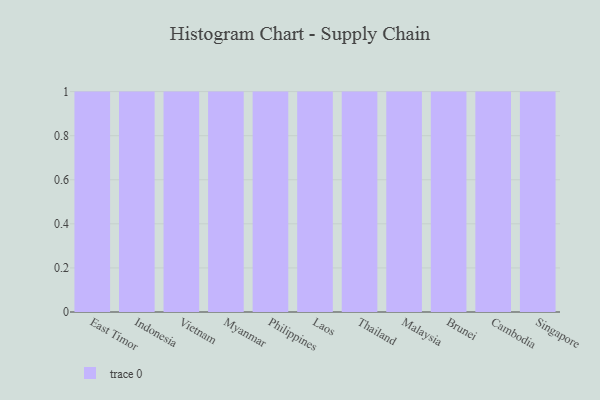
{"axis": {"x": "Country", "y": "Churn Rate (%)"}, "legend": [""], "data": [{"x": "East Timor", "y": 69, "type": ""}, {"x": "Indonesia", "y": 32, "type": ""}, {"x": "Vietnam", "y": 41, "type": ""}, {"x": "Myanmar", "y": 61, "type": ""}, {"x": "Philippines", "y": 46, "type": ""}, {"x": "Laos", "y": 66, "type": ""}, {"x": "Thailand", "y": 6, "type": ""}, {"x": "Malaysia", "y": 21, "type": ""}, {"x": "Brunei", "y": 80, "type": ""}, {"x": "Cambodia", "y": 83, "type": ""}, {"x": "Singapore", "y": 53, "type": ""}]}